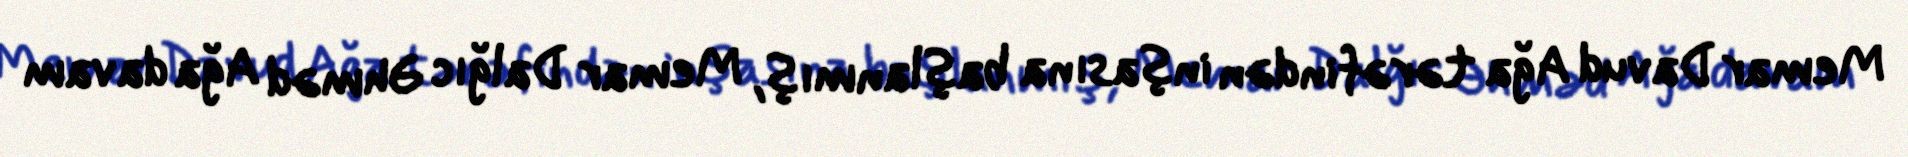
Memar Davud Ağa tərəfindən inşasına başlanmış, Memar Dalğıc Əhməd Ağa davam